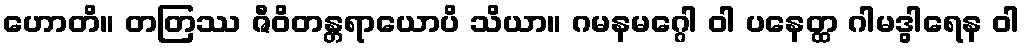
ဟောတိ။ တတြဿ ဇီဝိတန္တရာယောပိ သိယာ။ ဂမနမဂ္ဂေါ ဝါ ပနေတ္ထ ဂါမဒွါရေန ဝါ